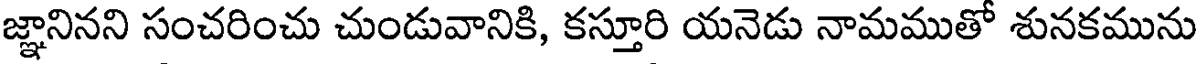
జ్ఞానినని సంచరించు చుండువానికి, కస్తూరి యనెడు నామముతో శునకమును